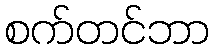
စက်တင်ဘာ